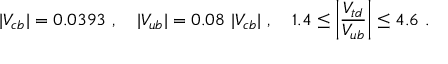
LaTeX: | V _ { c b } | = 0 . 0 3 9 3 \ , \quad | V _ { u b } | = 0 . 0 8 ~ | V _ { c b } | \ , \quad 1 . 4 \le \bigg | { \frac { V _ { t d } } { V _ { u b } } } \bigg | \le 4 . 6 \ .